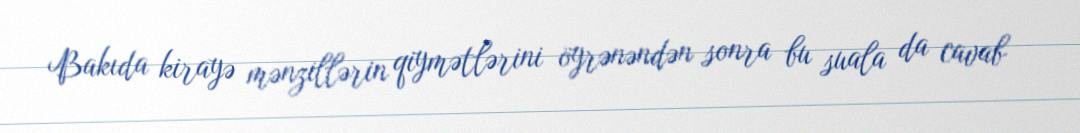
Bakıda kirayə mənzillərin qiymətlərini öyrənəndən sonra bu suala da cavab